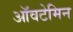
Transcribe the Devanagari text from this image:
ऑवटेमिन